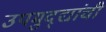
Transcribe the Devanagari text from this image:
उपमुद्द्यांची